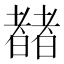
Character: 𬚍